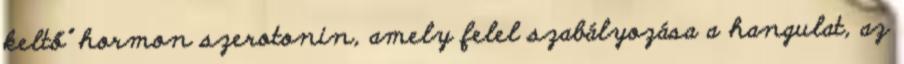
keltő” hormon szerotonin, amely felel szabályozása a hangulat, az